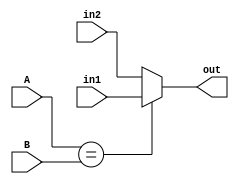
// ****************************************************************************
// Circuitos Auxiliares *******************************************************
// ****************************************************************************

// Multiplexador do modulo de normalizacao ------------------------------------

module mymux
#(
	parameter NCOMP = 2,
	parameter NBITS = 8
)
(
	input  [NCOMP-1:0] A, B,
	input  [NBITS-1:0] in1, in2,
	output [NBITS-1:0] out
);

assign out = (A==B) ? in1 : in2;

endmodule

// Circuito de normalizacao ---------------------------------------------------

module norm
#(
	parameter EXP = 8,
	parameter MAN = 23
)
(
	input                     sig,
	input  signed [EXP-1  :0] exp,
	input         [MAN-1  :0] man,
	output        [MAN+EXP:0] out
);

wire [EXP-1:0] w [MAN-1:0];

wire        [EXP-1:0] sh    =  w[MAN-2];
wire                  out_s =  sig;
wire signed [EXP-1:0] out_e = (man == {MAN{1'b0}}) ? {1'b1, {EXP-1{1'b0}}} : exp - sh;
wire        [MAN-1:0] out_m =  man << sh;

mymux #(1, EXP)mm1(man[MAN-1], 1'b0, {{EXP-1{1'b0}}, {1'b1}}, {EXP{1'b0}}, w[0]);

genvar i;

generate
	for (i = 1; i < MAN-1; i = i+1) begin : norm
		mymux #(i+1, EXP)mm(man[MAN-1:MAN-1-i], {i+1{1'b0}}, i[EXP-1:0] + {{EXP-1{1'b0}}, {1'b1}}, w[i-1], w[i]);
	end
endgenerate

assign out = {out_s, out_e, out_m};

endmodule

// Desnormaliza igualando o expoente de dois numeros --------------------------

module denorm
#(
	parameter EXP = 8,
	parameter MAN = 23
)
(
	input                     s1_in,  s2_in,
	input  signed [EXP-1:0]   e1_in,  e2_in,
	input         [MAN-1:0]   m1_in,  m2_in,
	output signed [EXP-1:0]   e_out,
	output signed [MAN  :0] sm1_out, sm2_out
);

wire signed [EXP:0] eme    = e1_in-e2_in;
wire                ege    = eme[EXP];
wire        [EXP:0] shift2 = (ege) ?  {EXP+1{1'b0}} : eme;
wire        [EXP:0] shift1 = (ege) ? -eme : {EXP+1{1'b0}};

assign e_out = (ege) ? e2_in : e1_in;

wire [MAN-1:0] m1_out = m1_in >> shift1;
wire [MAN-1:0] m2_out = m2_in >> shift2;

assign sm1_out = (s1_in) ? -m1_out : m1_out;
assign sm2_out = (s2_in) ? -m2_out : m2_out;

endmodule

// Multiplexador das operacoes aritmeticas ------------------------------------

module outmux
#(
	parameter NBITS = 32
)
(
	input      [      3:0] op,
	input      [NBITS-1:0] in1, in2,
	input      [NBITS-1:0] sum,
	input      [NBITS-1:0] mul,
	input      [NBITS-1:0] div,
	output reg [NBITS-1:0] out
);

always @ (*) begin
	case (op)
		4'd0   : out <= in2;        // NOP
		4'd1   : out <= in1;        // LOAD
		4'd2   : out <= sum;        // ADD
		4'd3   : out <= mul;        // MLT
		4'd4   : out <= div;        // DIV
	// 4'd5   : reservado para NEG // NEG
	// 4'd12  : reservado para ABS // ABS
		default: out <= {NBITS{1'bx}};
	endcase
end

endmodule

// ****************************************************************************
// Circuitos Aritmeticos ******************************************************
// ****************************************************************************

// Soma em ponto-flutuante ----------------------------------------------------

module mysoma
#(
	parameter EXP = 8,
	parameter MAN = 23
)
(
	input  signed [EXP-1:0] e_in,
	input  signed [MAN  :0] sm1_in, sm2_in,
	output                  s_out,
	output signed [EXP-1:0] e_out,
	output        [MAN-1:0] m_out
);

wire signed [MAN+1:0] soma = sm1_in + sm2_in;
wire signed [MAN+1:0] m    = (soma[MAN+1]) ? -soma : soma;

assign s_out = soma[MAN+1];
assign e_out = e_in + {{EXP-1{1'b0}}, {1'b1}}; // colocar limite para +inf
assign m_out = m[MAN:1];

endmodule

// Multiplicacao em ponto-flutuante -------------------------------------------

module mymult
#(
	parameter EXP = 8,
	parameter MAN = 23
)
(
	input                   s1, s2,
	input  signed [EXP-1:0] e1, e2,
	input         [MAN-1:0] m1, m2,
	output                  s_out,
	output signed [EXP-1:0] e_out,
	output        [MAN-1:0] m_out
);

wire        [2*MAN-1:0] mult = m1 * m2;
wire signed [  EXP  :0] e    = e1 + e2 + MAN; // colocar limite para +inf

assign s_out = (s1 != s2);
wire     unf = (e[EXP:EXP-1] == 2'b10);       // underflow
assign e_out =  e[EXP-1:0];
assign m_out = (unf) ? {{MAN{1'b0}}} : mult[2*MAN-1:MAN];

endmodule

// Divisao em ponto-flutuante -------------------------------------------------

module mydiv
#(
	parameter EXP = 8,
	parameter MAN = 23
)
(
	input                   s1, s2,
	input  signed [EXP-1:0] e1, e2,
	input         [MAN-1:0] m1, m2,
	output                  s_out,
	output signed [EXP-1:0] e_out,
	output        [MAN-1:0] m_out
);

wire [2*MAN-2:0] m1_ext = {m1, {MAN-1{1'b0}}};
wire [2*MAN-2:0] div    = m1_ext / m2;

assign s_out = (s1 != s2);
assign e_out = e1 - e2 - MAN + {{EXP-1{1'b0}}, {1'b1}};
assign m_out = div[MAN-1:0];

endmodule

// ****************************************************************************
// Circuito Principal *********************************************************
// ****************************************************************************

module ula_fl
#(
	parameter           EXP = 8,
	parameter [EXP-1:0] MAN = 23,

	parameter           DIV = 0,
	parameter           MLT = 0,
	parameter           ADD = 0,
	parameter           LES = 0,
	parameter           EQU = 0,
	parameter           LIN = 0,
	parameter           LAN = 0,
	parameter           GRE = 0,
	parameter           LOR = 0,
	parameter           NEG = 0,
	parameter           ABS = 0
)
(
	input         [      3:0] op,
	input         [MAN+EXP:0] in1, in2,
	output        [MAN+EXP:0] out
);

// desempacota ----------------------------------------------------------------

wire                  s1 = in1[MAN+EXP];
wire                  s2 = in2[MAN+EXP];
wire signed [EXP-1:0] e1 = in1[MAN+EXP-1:MAN];
wire signed [EXP-1:0] e2 = in2[MAN+EXP-1:MAN];
wire signed [MAN-1:0] m1 = in1[MAN-1:0];
wire signed [MAN-1:0] m2 = in2[MAN-1:0];

// desnormaliza ---------------------------------------------------------------

wire signed [EXP-1:0] de;
wire signed [MAN  :0] dm1, dm2;

denorm #(EXP, MAN) denorm(s1, s2, e1, e2, m1, m2, de, dm1, dm2);

// soma -----------------------------------------------------------------------

wire                  sum_s;
wire signed [EXP-1:0] sum_e;
wire        [MAN-1:0] sum_m;

generate if (ADD == 1) begin
mysoma #(EXP,MAN) mysoma(de,dm1,dm2,sum_s,sum_e, sum_m);
end else begin
assign sum_s =      1'bx;
assign sum_e = {EXP{1'bx}};
assign sum_m = {MAN{1'bx}};
end endgenerate

// comparacoes e operacoes logicas --------------------------------------------

wire les;
wire equ;
wire inv;
wire ann;
wire gre;
wire orr;

generate if (LES == 1) assign les = dm1    <  dm2;    else assign les = 1'bx; endgenerate
generate if (EQU == 1) assign equ = in1    == in2;    else assign equ = 1'bx; endgenerate
generate if (LIN == 1) assign inv =          ~in2[0]; else assign inv = 1'bx; endgenerate
generate if (LAN == 1) assign ann = in1[0] &  in2[0]; else assign ann = 1'bx; endgenerate
generate if (GRE == 1) assign gre = dm1    >  dm2;    else assign gre = 1'bx; endgenerate
generate if (LOR == 1) assign orr = in1[0] |  in2[0]; else assign orr = 1'bx; endgenerate

reg cmp;

always @ (*) begin
	case (op)
		4'd6   : cmp <= les; // LES
		4'd7   : cmp <= equ; // EQU
		4'd8   : cmp <= inv; // INV
		4'd9   : cmp <= ann; // AND
		4'd10  : cmp <= gre; // GRE
		4'd11  : cmp <= orr; // OR
		default: cmp <= 1'bx;
	endcase
end

// multiplica -----------------------------------------------------------------

wire                  mul_s;
wire signed [EXP-1:0] mul_e;
wire        [MAN-1:0] mul_m;

generate if (MLT == 1) begin
mymult #(EXP,MAN) mymult(s1,s2,e1,e2,m1,m2,mul_s,mul_e,mul_m);
end else begin
assign mul_s =      1'bx;
assign mul_e = {EXP{1'bx}};
assign mul_m = {MAN{1'bx}};
end endgenerate

// divide ---------------------------------------------------------------------

wire                  div_s;
wire signed [EXP-1:0] div_e;
wire        [MAN-1:0] div_m;

generate if (DIV == 1) begin
mydiv #(EXP,MAN) mydiv (s1,s2,e1,e2,m1,m2,div_s,div_e,div_m);
end else begin
assign div_s =      1'bx;
assign div_e = {EXP{1'bx}};
assign div_m = {MAN{1'bx}};
end endgenerate

// multiplexadores da saida ---------------------------------------------------

wire                  mux_s;
wire signed [EXP-1:0] mux_e;
wire        [MAN-1:0] mux_m;

wire        sm;
wire [3:0] opm;

generate 	
	if (NEG == 1 && ABS == 1) begin
		assign sm = (op == 4'd5) ? !s2 : (op == 4'd12) ? 1'b0 :s2;
		assign opm = (op == 4'd5 || op == 4'd12) ? 4'd0 : op;
	end 
	else if(NEG == 1) begin
		assign  sm = (op == 4'd5) ? !s2  : s2;
		assign opm = (op == 4'd5) ? 4'd0 : op;
	end
	else if(ABS == 1) begin
		assign  sm = 1'b0;
		assign opm = (op == 4'd12) ? 4'd0 : op;
	end	
	else begin
		assign  sm = s2;
		assign opm = op;
	end
endgenerate



//generate if (NEG == 1) begin
//	assign  sm = (op == 4'd5) ? !s2  : s2;
//	assign opm = (op == 4'd5) ? 4'd0 : op;
//end else begin
//	assign  sm = s2;
//	assign opm = op;
//end endgenerate

outmux #(1'b1) omux_s(opm, s1, sm, sum_s, mul_s, div_s, mux_s);
outmux #(EXP ) omux_e(opm, e1, e2, sum_e, mul_e, div_e, mux_e);
outmux #(MAN ) omux_m(opm, m1, m2, sum_m, mul_m, div_m, mux_m);

// normaliza ------------------------------------------------------------------

wire [MAN+EXP:0] ari_out;

norm #(EXP, MAN) norm(mux_s, mux_e, mux_m, ari_out);

// Saida ----------------------------------------------------------------------

assign out[MAN+EXP:MAN] =                       ari_out[MAN+EXP:MAN];
assign out[MAN-1      ] = (opm > 4'd5) ? 1'b1 : ari_out[MAN-1];
assign out[MAN-2  :  1] =                       ari_out[MAN-2:1];
assign out[          0] = (opm > 4'd5) ?  cmp : ari_out[0];

endmodule